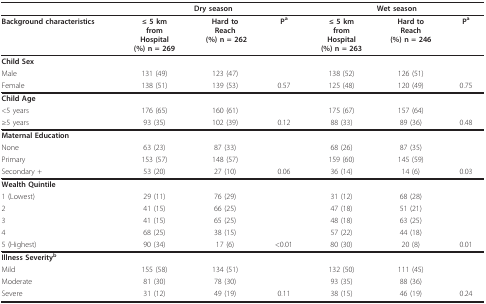
<table><thead><tr><td></td><td colspan="3"><b>Dry season</b></td><td colspan="3"><b>Wet season</b></td></tr></thead><tbody><tr><td><b>Background characteristics</b></td><td><b>≤ 5 km</b><b> from </b><b>Hospital</b><b>(%) n = 269</b></td><td><b>Hard to</b><b> Reach</b><b>(%) n = 262</b></td><td><b>P<sup>a</sup></b></td><td><b>≤ 5 km </b><b>from </b><b>Hospital</b><b>(%) n = 263</b></td><td><b>Hard to</b><b> Reach</b><b>(%) n = 246</b></td><td><b>P<sup>a</sup></b></td></tr><tr><td><b>Child Sex</b></td><td></td><td></td><td></td><td></td><td></td><td></td></tr><tr><td>Male</td><td>131 (49)</td><td>123 (47)</td><td></td><td>138 (52)</td><td>126 (51)</td><td></td></tr><tr><td>Female</td><td>138 (51)</td><td>139 (53)</td><td>0.57</td><td>125 (48)</td><td>120 (49)</td><td>0.75</td></tr><tr><td><b>Child Age</b></td><td></td><td></td><td></td><td></td><td></td><td></td></tr><tr><td>&lt;5 years</td><td>176 (65)</td><td>160 (61)</td><td></td><td>175 (67)</td><td>157 (64)</td><td></td></tr><tr><td>≥5 years</td><td>93 (35)</td><td>102 (39)</td><td>0.12</td><td>88 (33)</td><td>89 (36)</td><td>0.48</td></tr><tr><td colspan="2"><b>Maternal Education</b></td><td></td><td></td><td></td><td></td><td></td></tr><tr><td>None</td><td>63 (23)</td><td>87 (33)</td><td></td><td>68 (26)</td><td>87 (35)</td><td></td></tr><tr><td>Primary</td><td>153 (57)</td><td>148 (57)</td><td></td><td>159 (60)</td><td>145 (59)</td><td></td></tr><tr><td>Secondary +</td><td>53 (20)</td><td>27 (10)</td><td>0.06</td><td>36 (14)</td><td>14 (6)</td><td>0.03</td></tr><tr><td colspan="2"><b>Wealth Quintile</b></td><td></td><td></td><td></td><td></td><td></td></tr><tr><td>1 (Lowest)</td><td>29 (11)</td><td>76 (29)</td><td></td><td>31 (12)</td><td>68 (28)</td><td></td></tr><tr><td>2</td><td>41 (15)</td><td>66 (25)</td><td></td><td>47 (18)</td><td>51 (21)</td><td></td></tr><tr><td>3</td><td>41 (15)</td><td>65 (25)</td><td></td><td>48 (18)</td><td>63 (25)</td><td></td></tr><tr><td>4</td><td>68 (25)</td><td>38 (15)</td><td></td><td>57 (22)</td><td>44 (18)</td><td></td></tr><tr><td>5 (Highest)</td><td>90 (34)</td><td>17 (6)</td><td>&lt;0.01</td><td>80 (30)</td><td>20 (8)</td><td>0.01</td></tr><tr><td colspan="2"><b>Illness Severity<sup>b</sup></b></td><td></td><td></td><td></td><td></td><td></td></tr><tr><td>Mild</td><td>155 (58)</td><td>134 (51)</td><td></td><td>132 (50)</td><td>111 (45)</td><td></td></tr><tr><td>Moderate</td><td>81 (30)</td><td>78 (30)</td><td></td><td>93 (35)</td><td>88 (36)</td><td></td></tr><tr><td>Severe</td><td>31 (12)</td><td>49 (19)</td><td>0.11</td><td>38 (15)</td><td>46 (19)</td><td>0.24</td></tr></tbody></table>